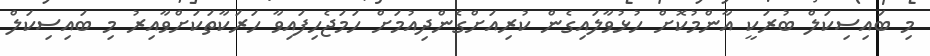
މި ބައިސިކަލް ބުރަކީ އާންމުކޮށް ހުޅުވާލައިގެން ކުރިއަށްގެންދިއުމަށް ހަމަޖެހިފައިވާ ހަރަކާތަކަށްވާއިރު މި ބައިސިކަލް